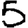
Digit: 5